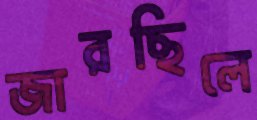
জারছিলে